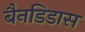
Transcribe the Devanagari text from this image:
बैनडिडास